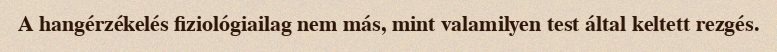
A hangérzékelés fiziológiailag nem más, mint valamilyen test által keltett rezgés.